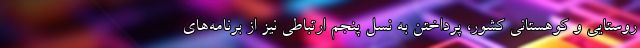
روستایی و کوهستانی کشور، پرداختن به نسل پنجم ارتباطی نیز از برنامه‌های